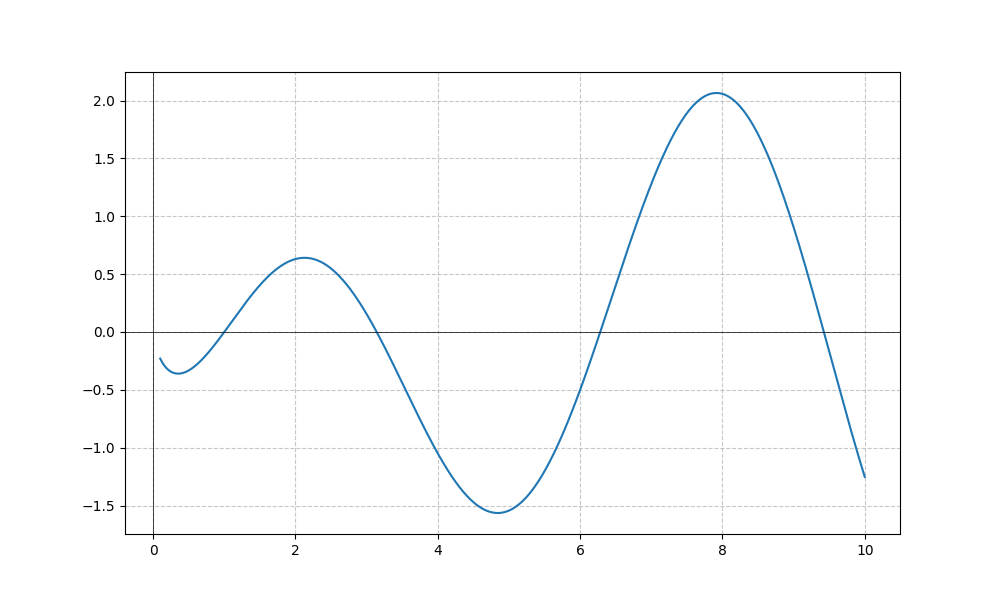
LaTeX formula: \log{\left(x \right)} \sin{\left(x \right)}